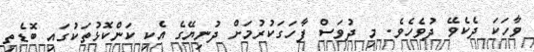
ވާހަކަ ދެކެވޭ ދުވެހެވެ. މި ދުވަސް ފާހަގަކުރުމަށް ދުނިޔޭގެ އެކި ކަންކޮޅުތަކުގައި ބޮޑެތި